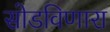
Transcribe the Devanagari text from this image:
सोडविणारा